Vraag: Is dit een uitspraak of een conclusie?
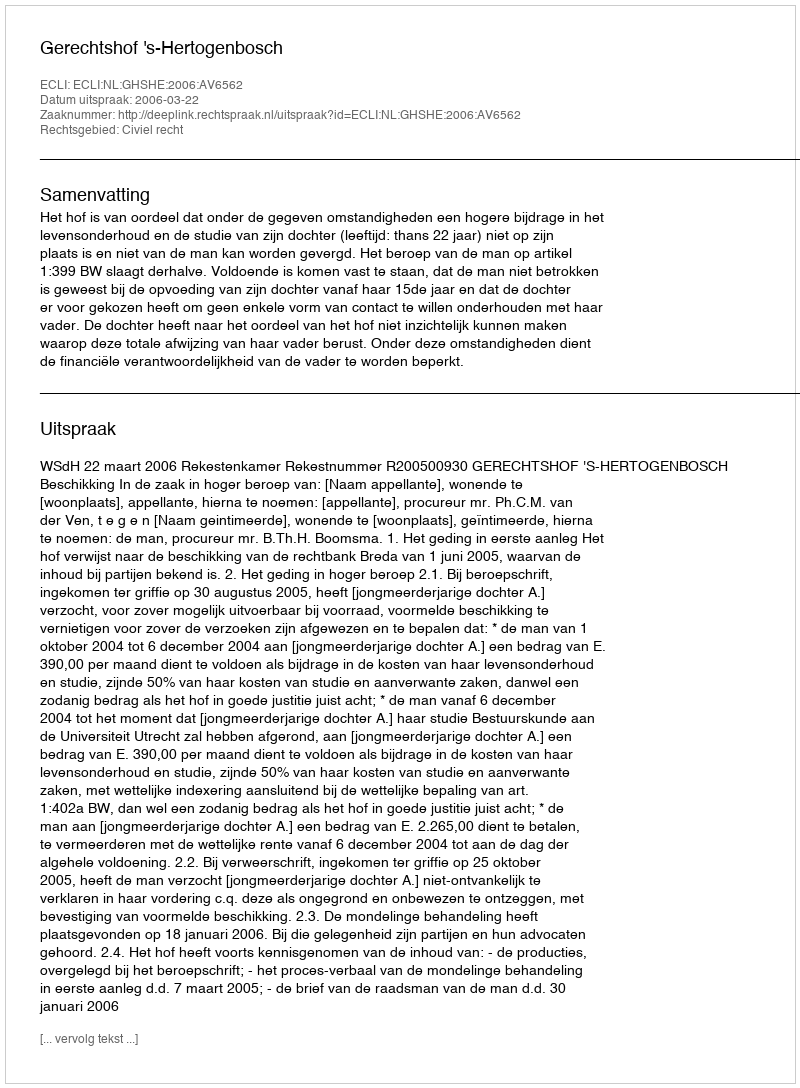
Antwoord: Uitspraak